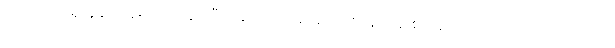
ရေထဲက ပရိုတွန်တို့ ပူးပေါင်းသွားပြီး နောက်ဆုံးမှာ ဖောမစ်အက်ဆစ် ဖြစ်လာစေတယ်လို့ ဆိုပါတယ်။